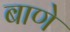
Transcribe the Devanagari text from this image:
बाणे